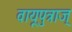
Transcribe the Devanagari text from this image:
वायूपुत्राज्